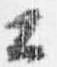
公